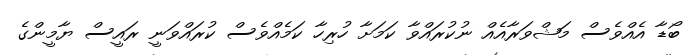
ބޯޑާ އެއްވެސް މަޝްވަރާއެއް ނުކުރައްވާ ކަމަށާ ހުރިހާ ކަމެއްވެސް ކުރައްވަނީ ރައީސް ޔާމީންގެ